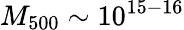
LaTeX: M_{500}\sim 10^{15-16}